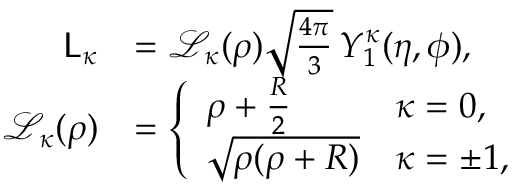
\begin{array} { r l } { \mathsf { L } _ { \kappa } } & { = \mathcal { L } _ { \kappa } ( \rho ) \sqrt { \frac { 4 \pi } { 3 } } \, Y _ { 1 } ^ { \kappa } ( \eta , \phi ) , } \\ { \mathcal { L } _ { \kappa } ( \rho ) } & { = \left\{ \begin{array} { l l } { \rho + \frac { R } { 2 } } & { \kappa = 0 , } \\ { \sqrt { \rho ( \rho + R ) } } & { \kappa = \pm 1 , } \end{array} \right. } \end{array}